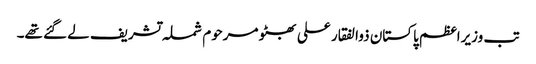
تب وزیراعظم پاکستان ذوالفقار علی بھٹو مرحوم شملہ تشریف لے گئے تھے۔